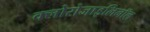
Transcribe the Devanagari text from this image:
क्लोरोजाइलिनॉल